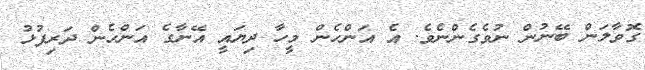
ގޮވާލަން ބޭނުން ނުވެގެންނެވެ. އެ އަންހެން މީހާ ދިޔައީ އޭނާގެ އަންހެން ދަރިފުޅު